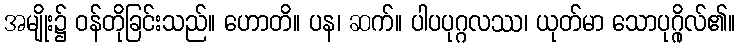
အမျိုး၌ ဝန်တိုခြင်းသည်။ ဟောတိ။ ပန၊ ဆက်။ ပါပပုဂ္ဂလဿ၊ ယုတ်မာ သောပုဂ္ဂိုလ်၏။